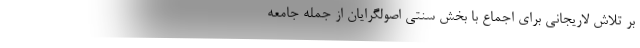
بر تلاش لاریجانی برای اجماع با بخش سنتی اصولگرایان از جمله جامعه